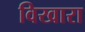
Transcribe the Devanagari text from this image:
विखारा